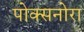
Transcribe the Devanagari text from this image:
पोक्सनोरा